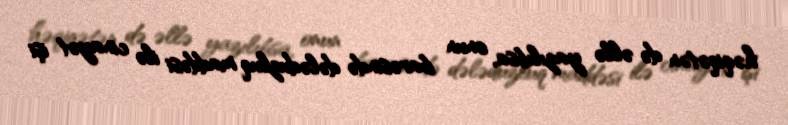
həqiqətən də əllə yazılıbsa, onun barəsində dələduzluq maddəsi ilə cinayət işi